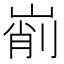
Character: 𡹺